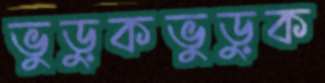
ভুড়ুকভুড়ুক